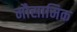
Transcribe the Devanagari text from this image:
मौसामिक